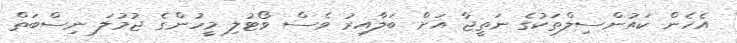
އެހެން ކައުންސިލްތަކުގެ ނަތީޖާ އަށް ބަލާއިރު ވެސް ވޯޓުލި މީހުންގެ ޖުމުލަ ނިސްބަތް